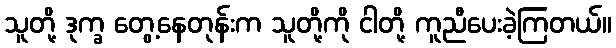
သူတို့ ဒုက္ခ တွေ့နေတုန်းက သူတို့ကို ငါတို့ ကူညီပေးခဲ့ကြတယ်။